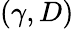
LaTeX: (\gamma,D)